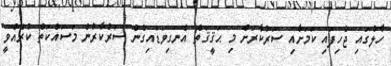
ހާލުގައި ޖެހިފައި ކަމަށާއި ސަރުކާރަށް މި ޙަޤީޤަތް އެނގިވަޑައިގެން ސަރުކާރުން މަސައްކަތް ކުރެއްވީ